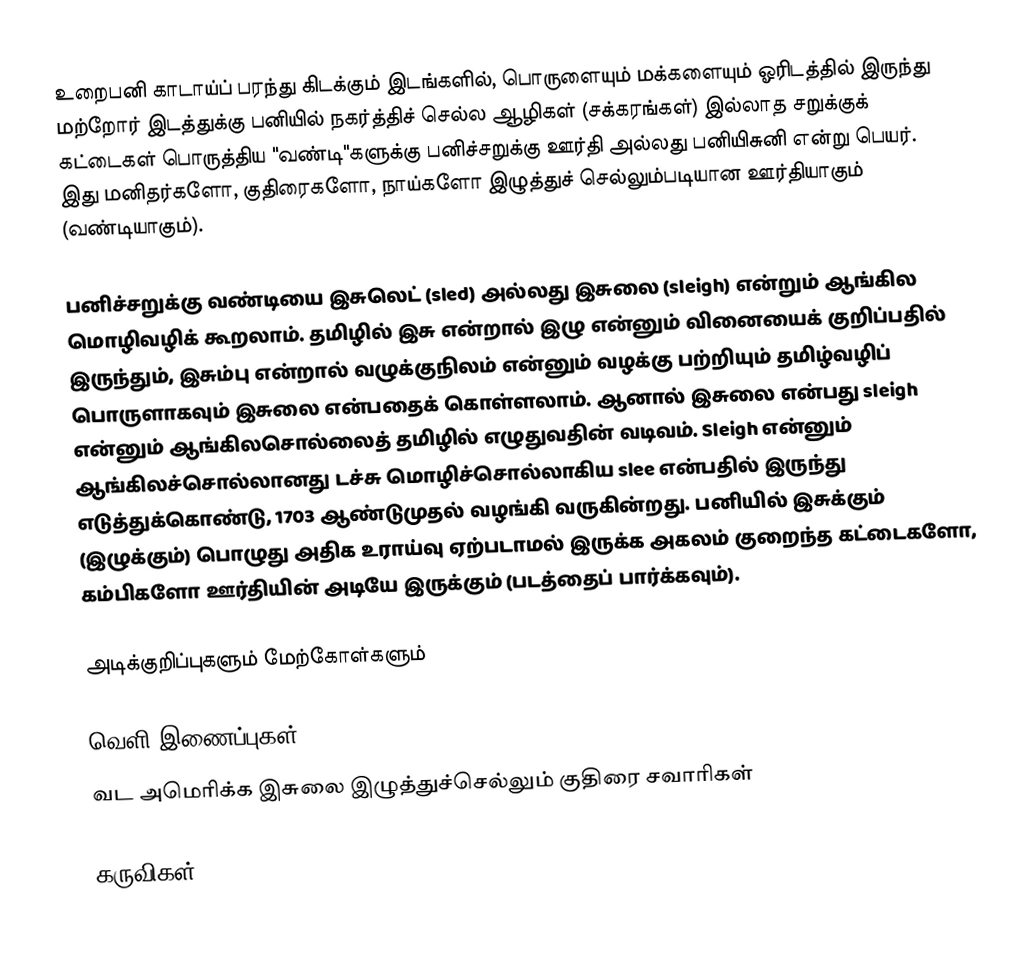
உறைபனி காடாய்ப் பரந்து கிடக்கும் இடங்களில், பொருளையும் மக்களையும் ஓரிடத்தில் இருந்து மற்றோர் இடத்துக்கு பனியில் நகர்த்திச் செல்ல ஆழிகள் (சக்கரங்கள்) இல்லாத சறுக்குக் கட்டைகள் பொருத்திய "வண்டி"களுக்கு பனிச்சறுக்கு ஊர்தி அல்லது பனியிசுனி என்று பெயர். இது மனிதர்களோ, குதிரைகளோ, நாய்களோ இழுத்துச் செல்லும்படியான ஊர்தியாகும் (வண்டியாகும்).

பனிச்சறுக்கு வண்டியை இசுலெட் (sled) அல்லது இசுலை (sleigh) என்றும் ஆங்கில மொழிவழிக் கூறலாம். தமிழில் இசு என்றால் இழு என்னும் வினையைக் குறிப்பதில் இருந்தும், இசும்பு என்றால் வழுக்குநிலம் என்னும் வழக்கு பற்றியும் தமிழ்வழிப் பொருளாகவும் இசுலை என்பதைக் கொள்ளலாம். ஆனால் இசுலை என்பது sleigh என்னும் ஆங்கிலசொல்லைத் தமிழில் எழுதுவதின் வடிவம். Sleigh என்னும் ஆங்கிலச்சொல்லானது டச்சு மொழிச்சொல்லாகிய slee என்பதில் இருந்து எடுத்துக்கொண்டு, 1703 ஆண்டுமுதல் வழங்கி வருகின்றது. பனியில் இசுக்கும் (இழுக்கும்) பொழுது அதிக உராய்வு ஏற்படாமல் இருக்க அகலம் குறைந்த கட்டைகளோ, கம்பிகளோ ஊர்தியின் அடியே இருக்கும் (படத்தைப் பார்க்கவும்).

அடிக்குறிப்புகளும் மேற்கோள்களும்

வெளி இணைப்புகள்
 வட அமெரிக்க இசுலை இழுத்துச்செல்லும் குதிரை சவாரிகள்

கருவிகள்